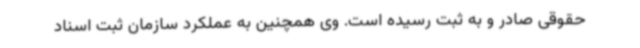
حقوقی صادر و به ثبت رسیده است. وی همچنین به عملکرد سازمان ثبت اسناد